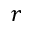
r